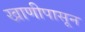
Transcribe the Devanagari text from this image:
खाणीपासून